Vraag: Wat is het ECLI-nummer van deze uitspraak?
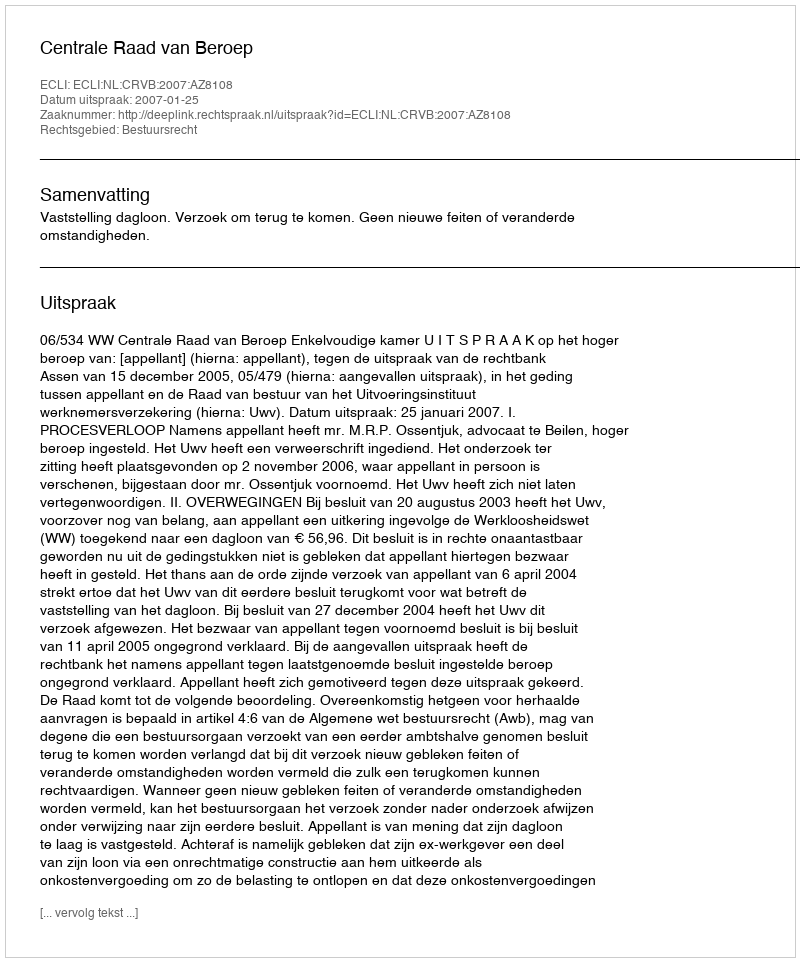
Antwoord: ECLI:NL:CRVB:2007:AZ8108